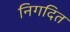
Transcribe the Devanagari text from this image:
निगदित